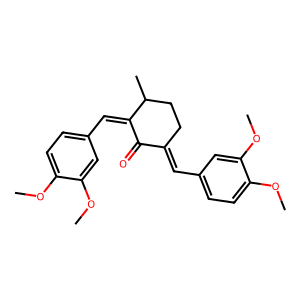
SMILES: COc1ccc(C=C2CCC(C)C(=Cc3ccc(OC)c(OC)c3)C2=O)cc1OC
Inhibits HIV replication: No